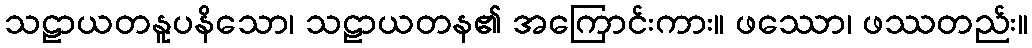
သဠာယတနူပနိသော၊ သဠာယတန၏ အကြောင်းကား။ ဖဿော၊ ဖဿတည်း။